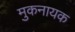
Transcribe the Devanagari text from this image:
मुकनायक